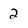
Character: 2